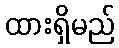
ထားရှိမည်